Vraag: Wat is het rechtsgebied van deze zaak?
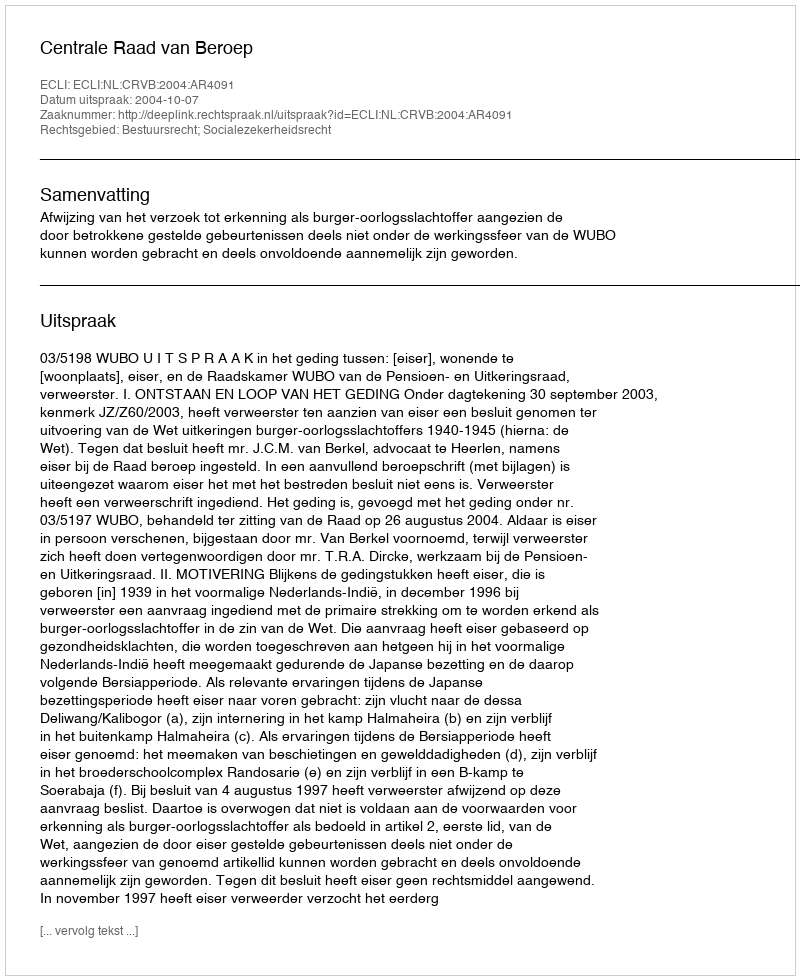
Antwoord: Bestuursrecht; Socialezekerheidsrecht